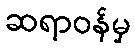
ဆရာဝန်မှ